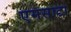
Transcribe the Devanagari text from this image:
एमसाटा